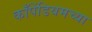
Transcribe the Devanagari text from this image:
काँपेंडियमच्या